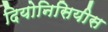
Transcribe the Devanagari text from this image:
दियोनिसियीस